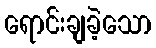
ရောင်းချခဲ့သော